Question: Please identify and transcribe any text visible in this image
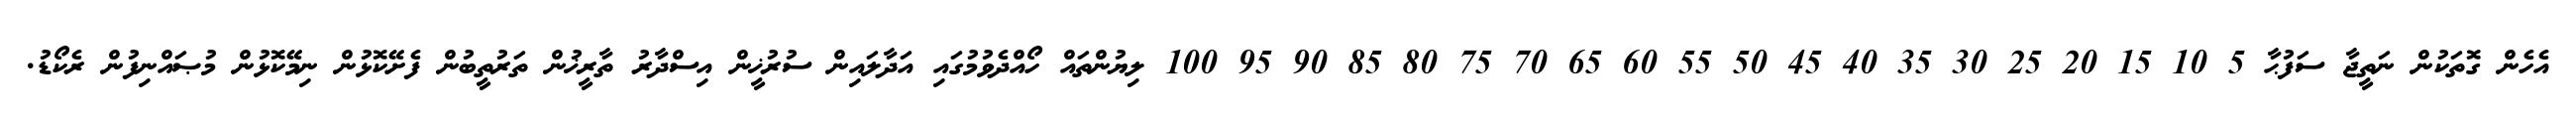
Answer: އެހެން ގޮތަކުން ނަތީޖާ ސަފުޙާ 5 10 15 20 25 30 35 40 45 50 55 60 65 70 75 80 85 90 95 100 ލިޔުންތައް ހޯއްދެވުމުގައި އަދާލައިން ސުރުޚީން އިސްދާރު ތާރީޚުން ތަރުތީބުން ފެށޭކޮޅުން ނިމޭކޮޅުން މުޞައްނިފުން ރެކޯޑު.